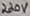
Text: 220V